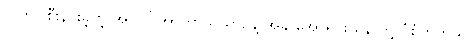
လိုက်ပါစီးနင်းခဲ့တဲ့ အပိုလို အာကာသယာဉ်နဲ့ အခု အော်ရိုင်းယန် တို့ ပုံစံတူတယ်